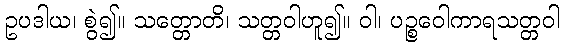
ဥပဒါယ၊ စွဲ၍။ သတ္တောတိ၊ သတ္တဝါဟူ၍။ ဝါ၊ ပဉ္စဝေါကာရသတ္တဝါ